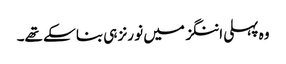
وہ پہلی اننگز میں نو رنز ہی بنا سکے تھے۔